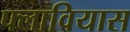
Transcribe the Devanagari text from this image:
फ्लावियास